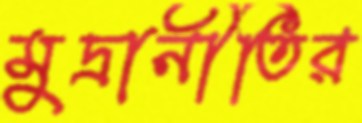
মুদ্রানীতির